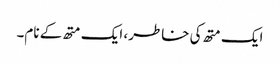
ایک متھ کی خاطر، ایک متھ کے نام۔